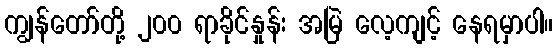
ကျွန်တော်တို့ ၂၀၀ ရာခိုင်နှုန်း အမြဲ လေ့ကျင့် နေရမှာပါ။